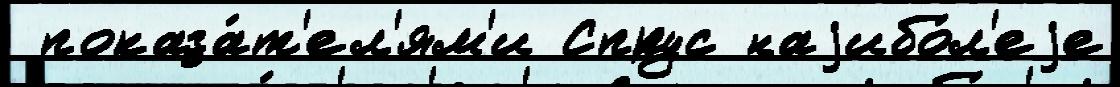
 показа́т'ел'ям'и Спрус наjибо́л'еjе